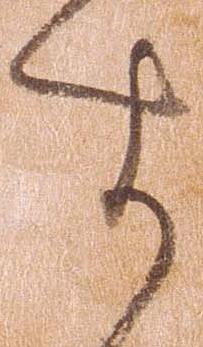
す